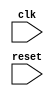
module io_intf  #(
    parameter BITS = 32
)(
`ifdef USE_POWER_PINS
    inout vdda1,	// User area 1 3.3V supply
    inout vdda2,	// User area 2 3.3V supply
    inout vssa1,	// User area 1 analog ground
    inout vssa2,	// User area 2 analog ground
    inout vccd1,	// User area 1 1.8V supply
    inout vccd2,	// User area 2 1.8v supply
    inout vssd1,	// User area 1 digital ground
    inout vssd2,	// User area 2 digital ground
`endif

   input          clk,
   input          reset
);


endmodule